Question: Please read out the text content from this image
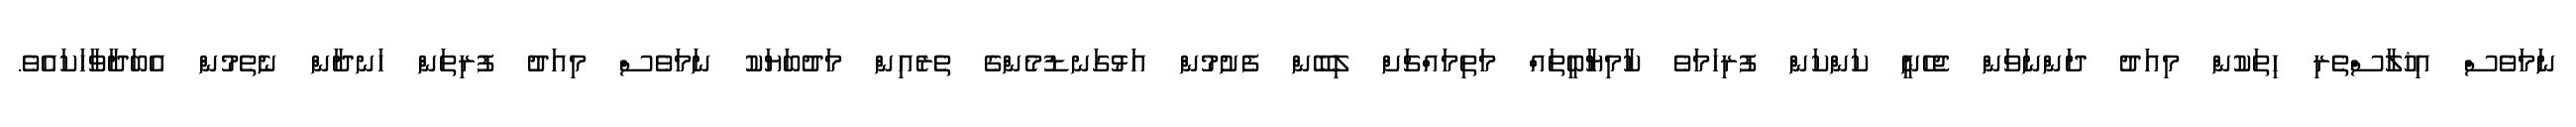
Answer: ނަމަވެސް އިޚުލާސްތެރި ހިތަކުން މިއަދު ދަންނަވަން ޖެހެނީ ކަންކަން ފުރިހަމަވެ ކާމިޔާބީތައް މަތިމައްޗަށް ލިބޭން ފެށުމުން އަޅުގަނޑުމެންގެ ތެރެއިން މަދުބަޔަކު ނަމަވެސް މިއަދު ފުރިތަން ހަނދާން ނެތެމުން އެބަދާވާހަކައެވެ.